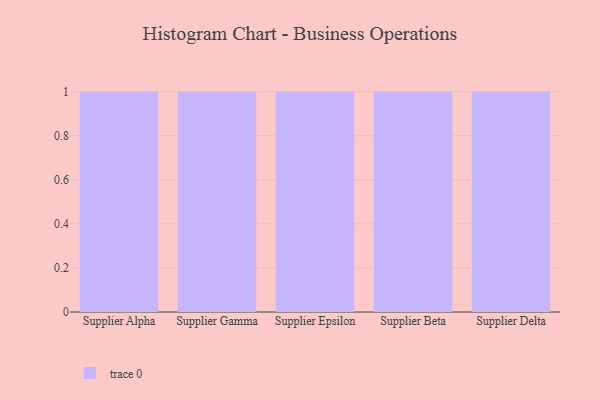
{"axis": {"x": "Supplier", "y": "Satisfaction Score"}, "legend": [""], "data": [{"x": "Supplier Alpha", "y": 39, "type": ""}, {"x": "Supplier Gamma", "y": 77, "type": ""}, {"x": "Supplier Epsilon", "y": 68, "type": ""}, {"x": "Supplier Beta", "y": 72, "type": ""}, {"x": "Supplier Delta", "y": 79, "type": ""}]}